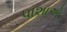
પાશાએ